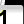
Digit: 1